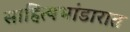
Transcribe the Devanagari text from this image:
साहित्यभांडारात